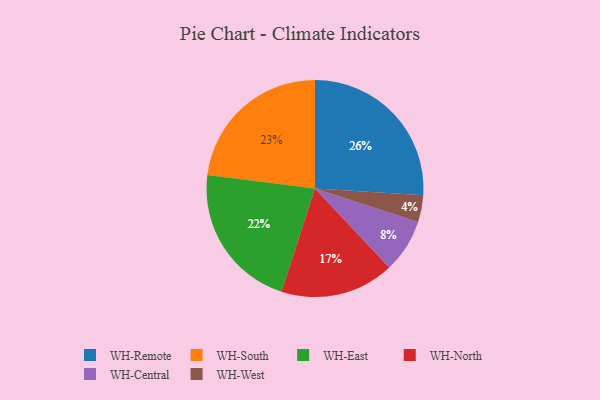
{"axis": {"x": "Category", "y": "Percentage"}, "legend": ["WH-Central", "WH-East", "WH-North", "WH-Remote", "WH-South", "WH-West"], "data": [{"x": "WH-Remote", "y": 26, "type": "WH-Remote"}, {"x": "WH-Central", "y": 8, "type": "WH-Central"}, {"x": "WH-North", "y": 17, "type": "WH-North"}, {"x": "WH-South", "y": 23, "type": "WH-South"}, {"x": "WH-East", "y": 22, "type": "WH-East"}, {"x": "WH-West", "y": 4, "type": "WH-West"}]}